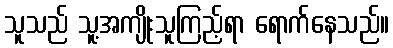
သူသည် သူ့အကျိုးသူကြည့်ရာ ရောက်နေသည်။